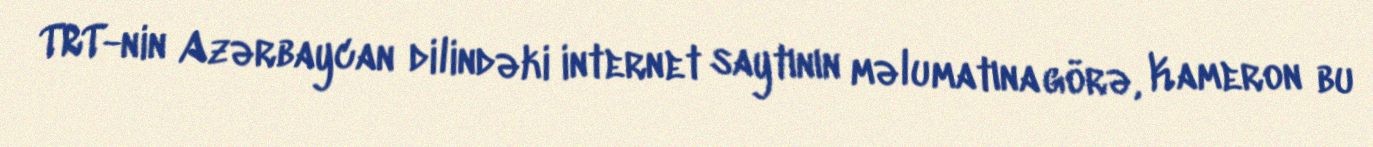
TRT-nin Azərbaycan dilindəki internet saytının məlumatına görə, Kameron bu